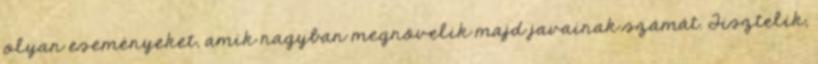
olyan eseményeket, amik nagyban megnövelik majd javainak számát. Tisztelik,